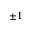
\pm 1